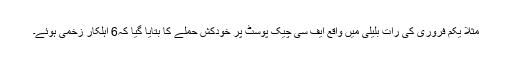
مثلاً یکم فروری کی رات بلیلی میں واقع ایف سی چیک پوسٹ پر خودکش حملے کا بتایا گیا کہ6 اہلکار زخمی ہوئے۔